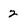
Character: 2